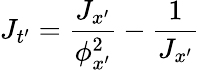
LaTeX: J_{t^{\prime}}=\frac{J_{x^{\prime}}}{\phi_{x^{\prime}}^{2}}-\frac{1}{J_{x^{\prime}}}